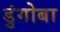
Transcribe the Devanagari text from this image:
डुंगोबा